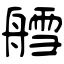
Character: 艝